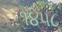
૧૪૫૮